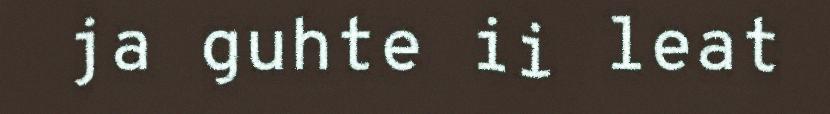
ja guhte ii leat